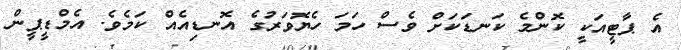
އެ ޕާޓީއަކީ ކޮންމެ ކަނޑަކަށް ވެސް ހަމަ ހެޔޮވަރުގެ އޮނޑިއެއް ކަމެވެ. އެމްޑީޕީން